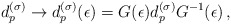
\begin{align*} d_p^{(\sigma)}\to d^{(\sigma)}_p(\epsilon)=G(\epsilon)d_p^{(\sigma)}G^{-1} (\epsilon)\,{,}\end{align*}